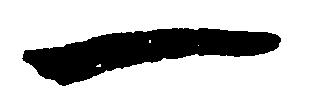
一